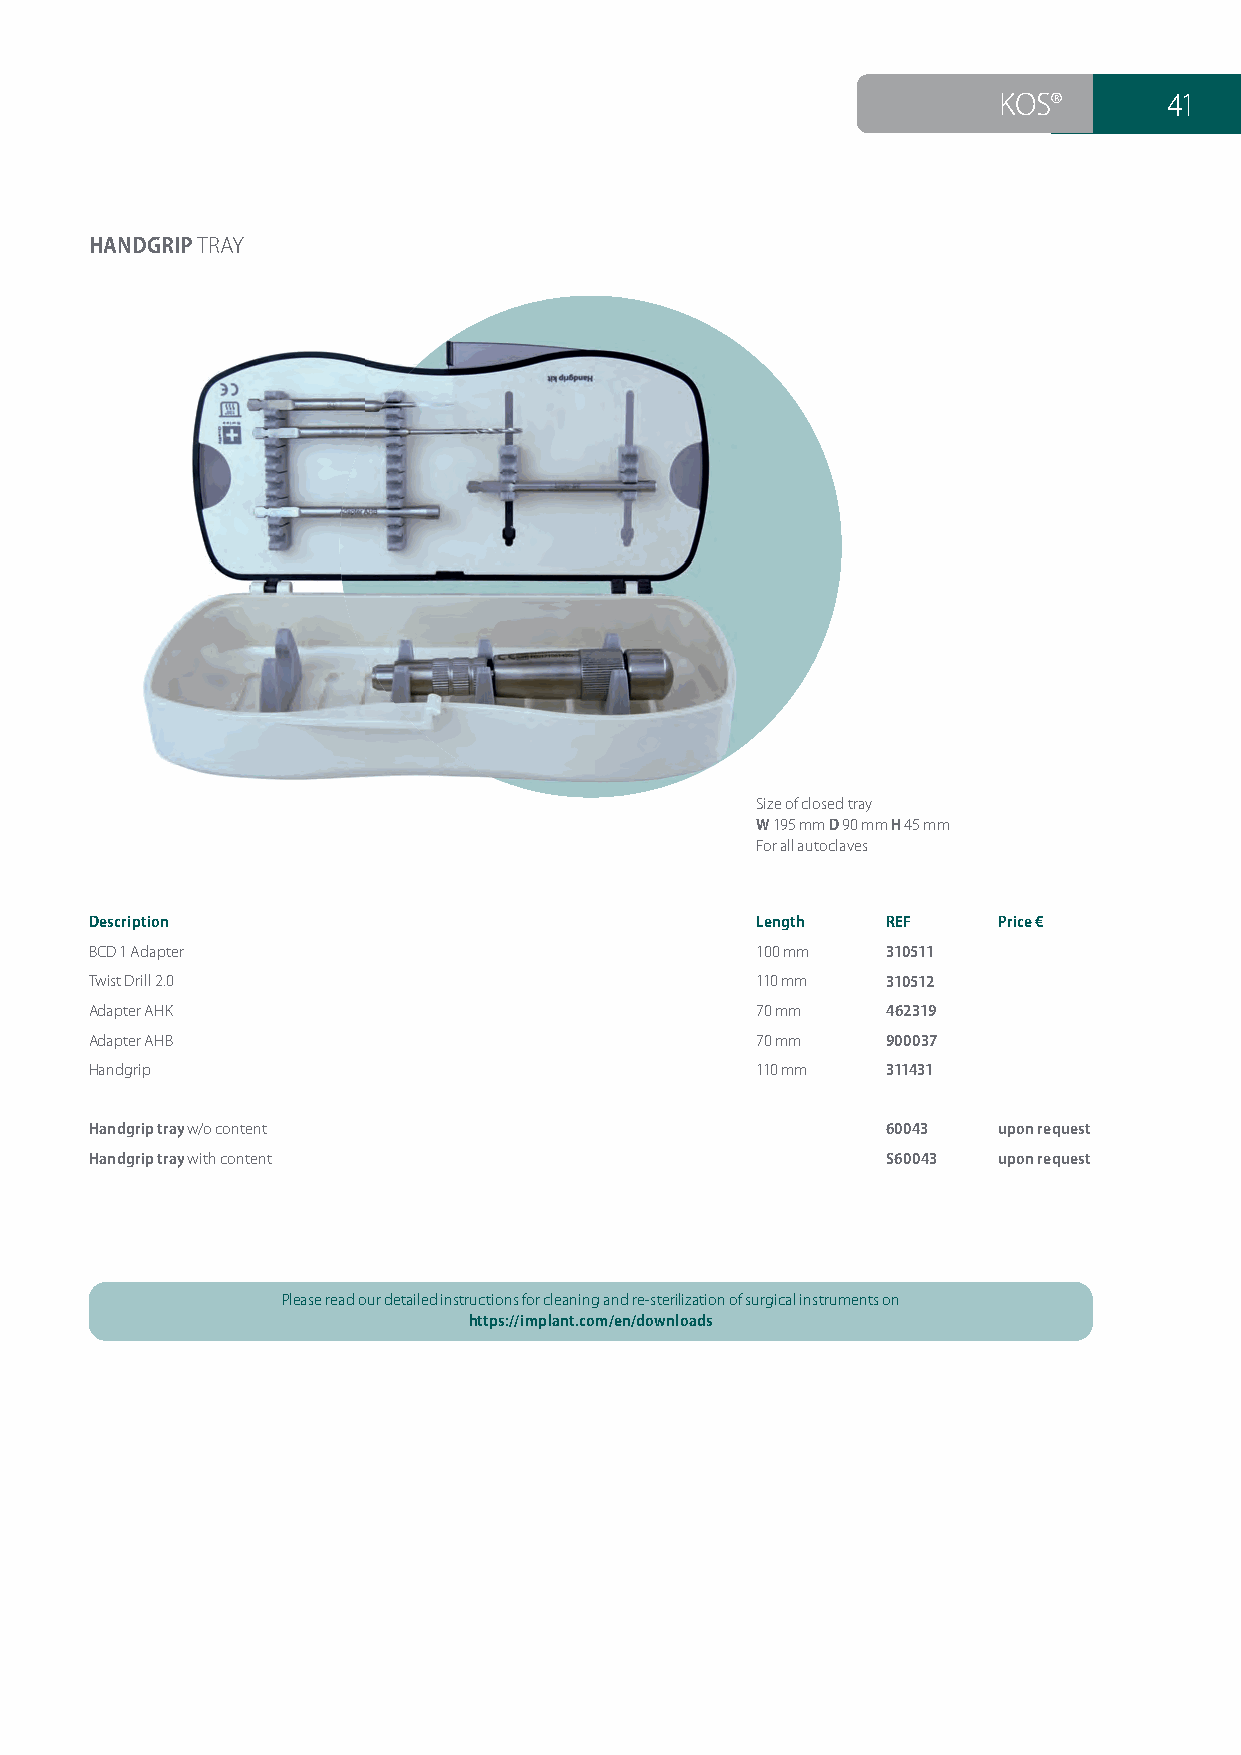
KOS®       41
 HANDGRIP TRAY
 Size of closed tray
 W 195 mm D 90 mm H 45 mm
 For all autoclaves
 Description                                 Length   REF    Price €
 BCD 1 Adapter                               100 mm   310511
 Twist Drill 2.0                             110 mm   310512
 Adapter AHK                                 70 mm    462319
 Adapter AHB                                 70 mm    900037
 Handgrip                                    110 mm   311431
 Handgrip tray w/o content                            60043  upon request
 Handgrip tray with content                           S60043 upon request
 Please read our detailed instructions for cleaning and re-sterilization of surgical instruments on
 https://implant.com/en/downloads